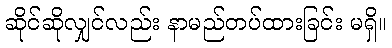
ဆိုင်ဆိုလျှင်လည်း နာမည်တပ်ထားခြင်း မရှိ။